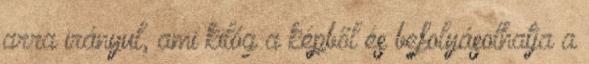
arra irányul, ami kilóg a képből és befolyásolhatja a